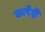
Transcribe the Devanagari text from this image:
कार्पेंट्री